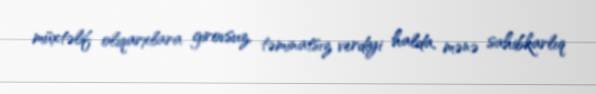
müxtəlif oliqarxlara girovsuz, təminatsız verdiyi halda, mənə sahibkarlıq